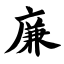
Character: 廉